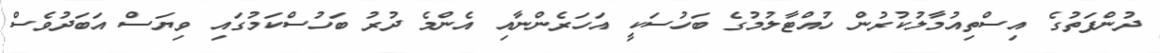
ދުންފަތުގެ އިސްތިއުމާލުކުރުން ހުއްޓާލުމުގެ ބަހުސަކީ އަހަރެންނާއި އެންމެ ދުރު ބަހުސްކަމުގައި ވިޔަސް އަބަދުވެސް